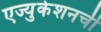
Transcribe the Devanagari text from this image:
एज्युकेशनची